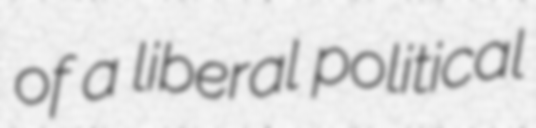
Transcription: of a liberal political